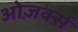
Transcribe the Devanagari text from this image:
ओज़र्क्स